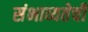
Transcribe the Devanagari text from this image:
संभाव्यतेची